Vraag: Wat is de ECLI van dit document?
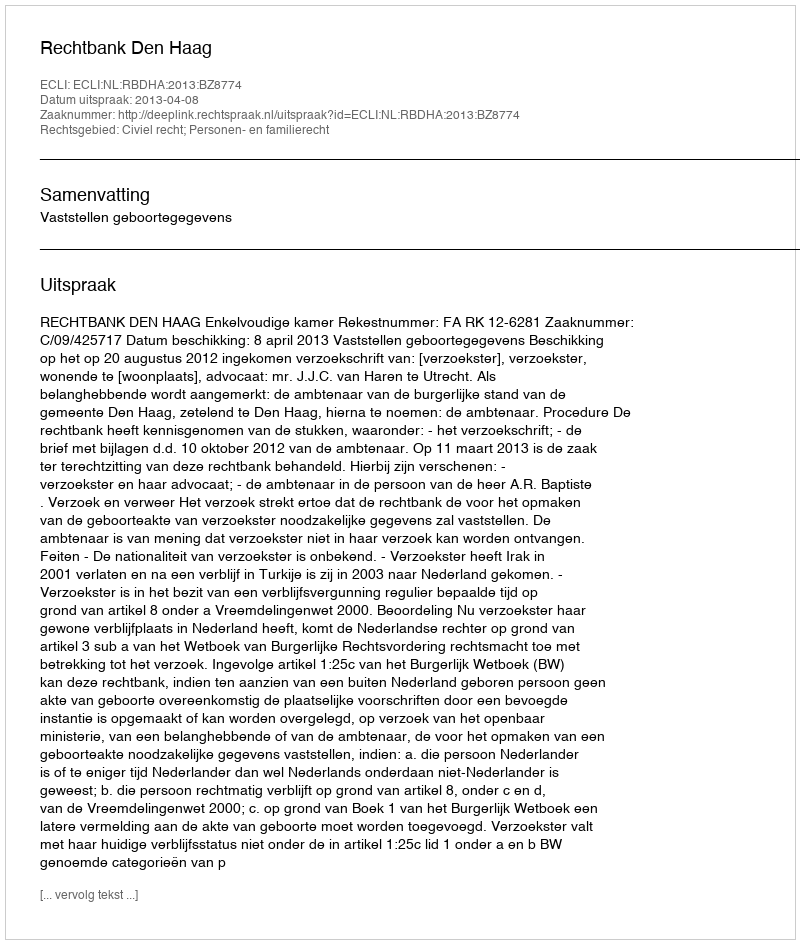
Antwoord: ECLI:NL:RBDHA:2013:BZ8774